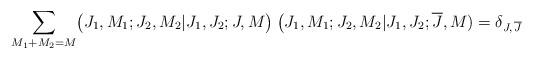
LaTeX: \begin{align*}\sum _{M_1+M_2=M}\bigl(J_1,M_1;J_2,M_2 \vert J_1,J_2;J,M\bigr)\>\bigl(J_1,M_1;J_2,M_2\vert J_1,J_2;{\overline J},M)=\delta_{J,\,{\overline J}}\end{align*}